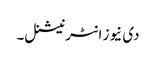
دی نیوز انٹرنیشنل۔